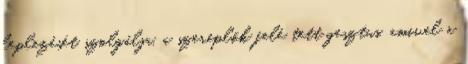
leplezését szolgálja, a szereplők felé tett gesztus, amivel a